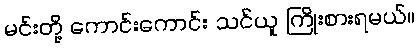
မင်းတို့ ကောင်းကောင်း သင်ယူ ကြိုးစားရမယ်။